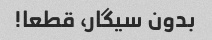
بدون سیگار، قطعا!